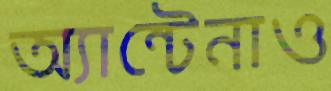
অ্যান্টেনাও